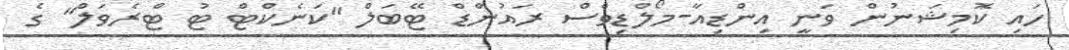
ހައި ކޮމިޝަނުން ވަނީ އިންޑިއާ-މޯލްޑިވްސް ރައުންޑް ޓޭބަލް "ކަނެކްޓް ޓު ޓްރެވަލް" ގެ